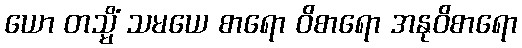
ယော တသ္မိံ သမယေ စာရော ဝိစာရော အနုဝိစာရော